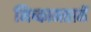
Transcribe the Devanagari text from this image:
निष्कामतामें